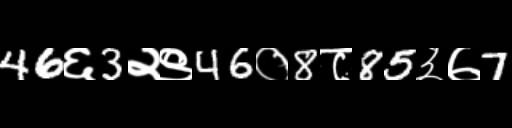
Text: 46६3२९46०8८85३७7